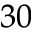
_ { 3 0 }